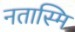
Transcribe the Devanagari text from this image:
नतास्मि